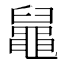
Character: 𪓢